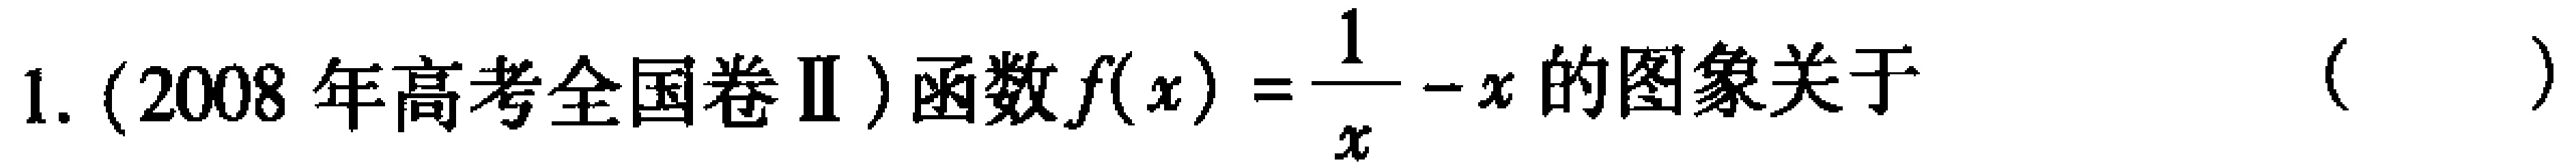
1. (2008 年高考全国卷Ⅱ) 函数\(f(x)=\frac{1}{x}-x\)的图象关于 （  ）